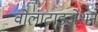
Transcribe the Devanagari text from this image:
वोलाटाइजेशन